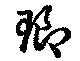
瑯